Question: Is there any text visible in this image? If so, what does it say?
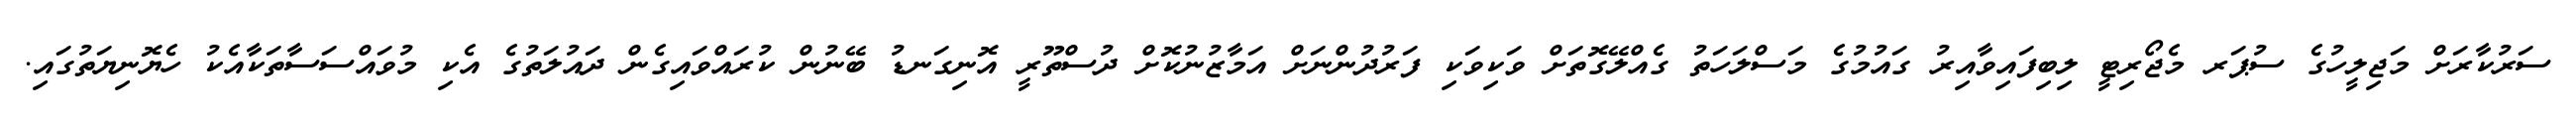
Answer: ސަރުކާރަށް މަޖިލީހުގެ ސުޕަރ މެޖޯރިޓީ ލިބިފައިވާއިރު ގައުމުގެ މަސްލަހަތު ގެއްލޭގޮތަށް ވަކިވަކި ފަރުދުންނަށް އަމާޒުނުކޮށް ދުސްތޫރީ އޮނިގަނޑު ބޭނުން ކުރައްވައިގެން ދައުލަތުގެ އެކި މުވައްސަސާތަކާއެކު ހެޔޮނިޔަތުގައި.